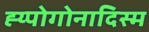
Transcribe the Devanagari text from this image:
ह्य्पोगोनादिस्म